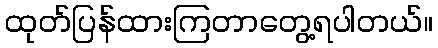
ထုတ်ပြန်ထားကြတာတွေ့ရပါတယ်။